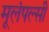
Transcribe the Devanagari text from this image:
मूलंपल्सी